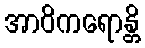
အာဝိကရောန္တိ